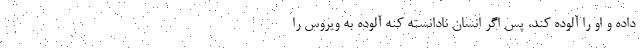
داده و او را آلوده کند، پس اگر انسان نادانسته کنه آلوده به ویروس را